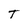
Character: T